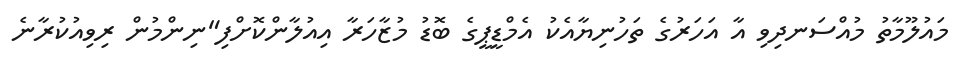
މައުލޫމާތު މުއްސަނދިވި އާ އަހަރުގެ ތަހުނިޔާއެކު އެމްޑީޕީގެ ބޮޑު މުޒާހަރާ އިއުލާންކޮށްފި"ނިންމުން ރިވިއުކުރާނެ